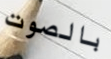
بالصوت